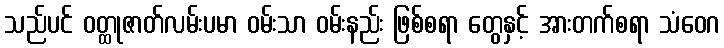
သည်ပင် ဝတ္ထုဇာတ်လမ်းပမာ ဝမ်းသာ ဝမ်းနည်း ဖြစ်စရာ တွေနှင့် အားတက်စရာ သံဝေဂ